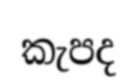
කැපද